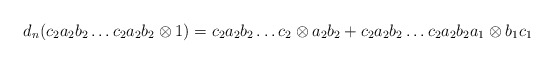
\begin{align*}d_n(c_2a_2b_2 \dots c_2a_2b_2 \otimes 1) = c_2a_2b_2 \dots c_2 \otimes a_2b_2 + c_2a_2b_2 \dots c_2a_2b_2a_1 \otimes b_1c_1\end{align*}